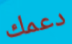
دعمك